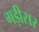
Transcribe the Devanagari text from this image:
गड़ीसर